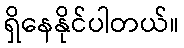
ရှိနေနိုင်ပါတယ်။